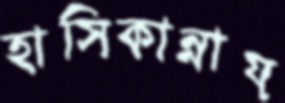
হাসিকান্নায়